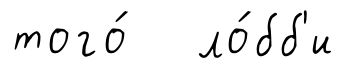
того́ ло́бб'и